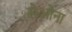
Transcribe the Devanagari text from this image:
सेओना